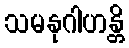
သမနုဂါဟန္တိ